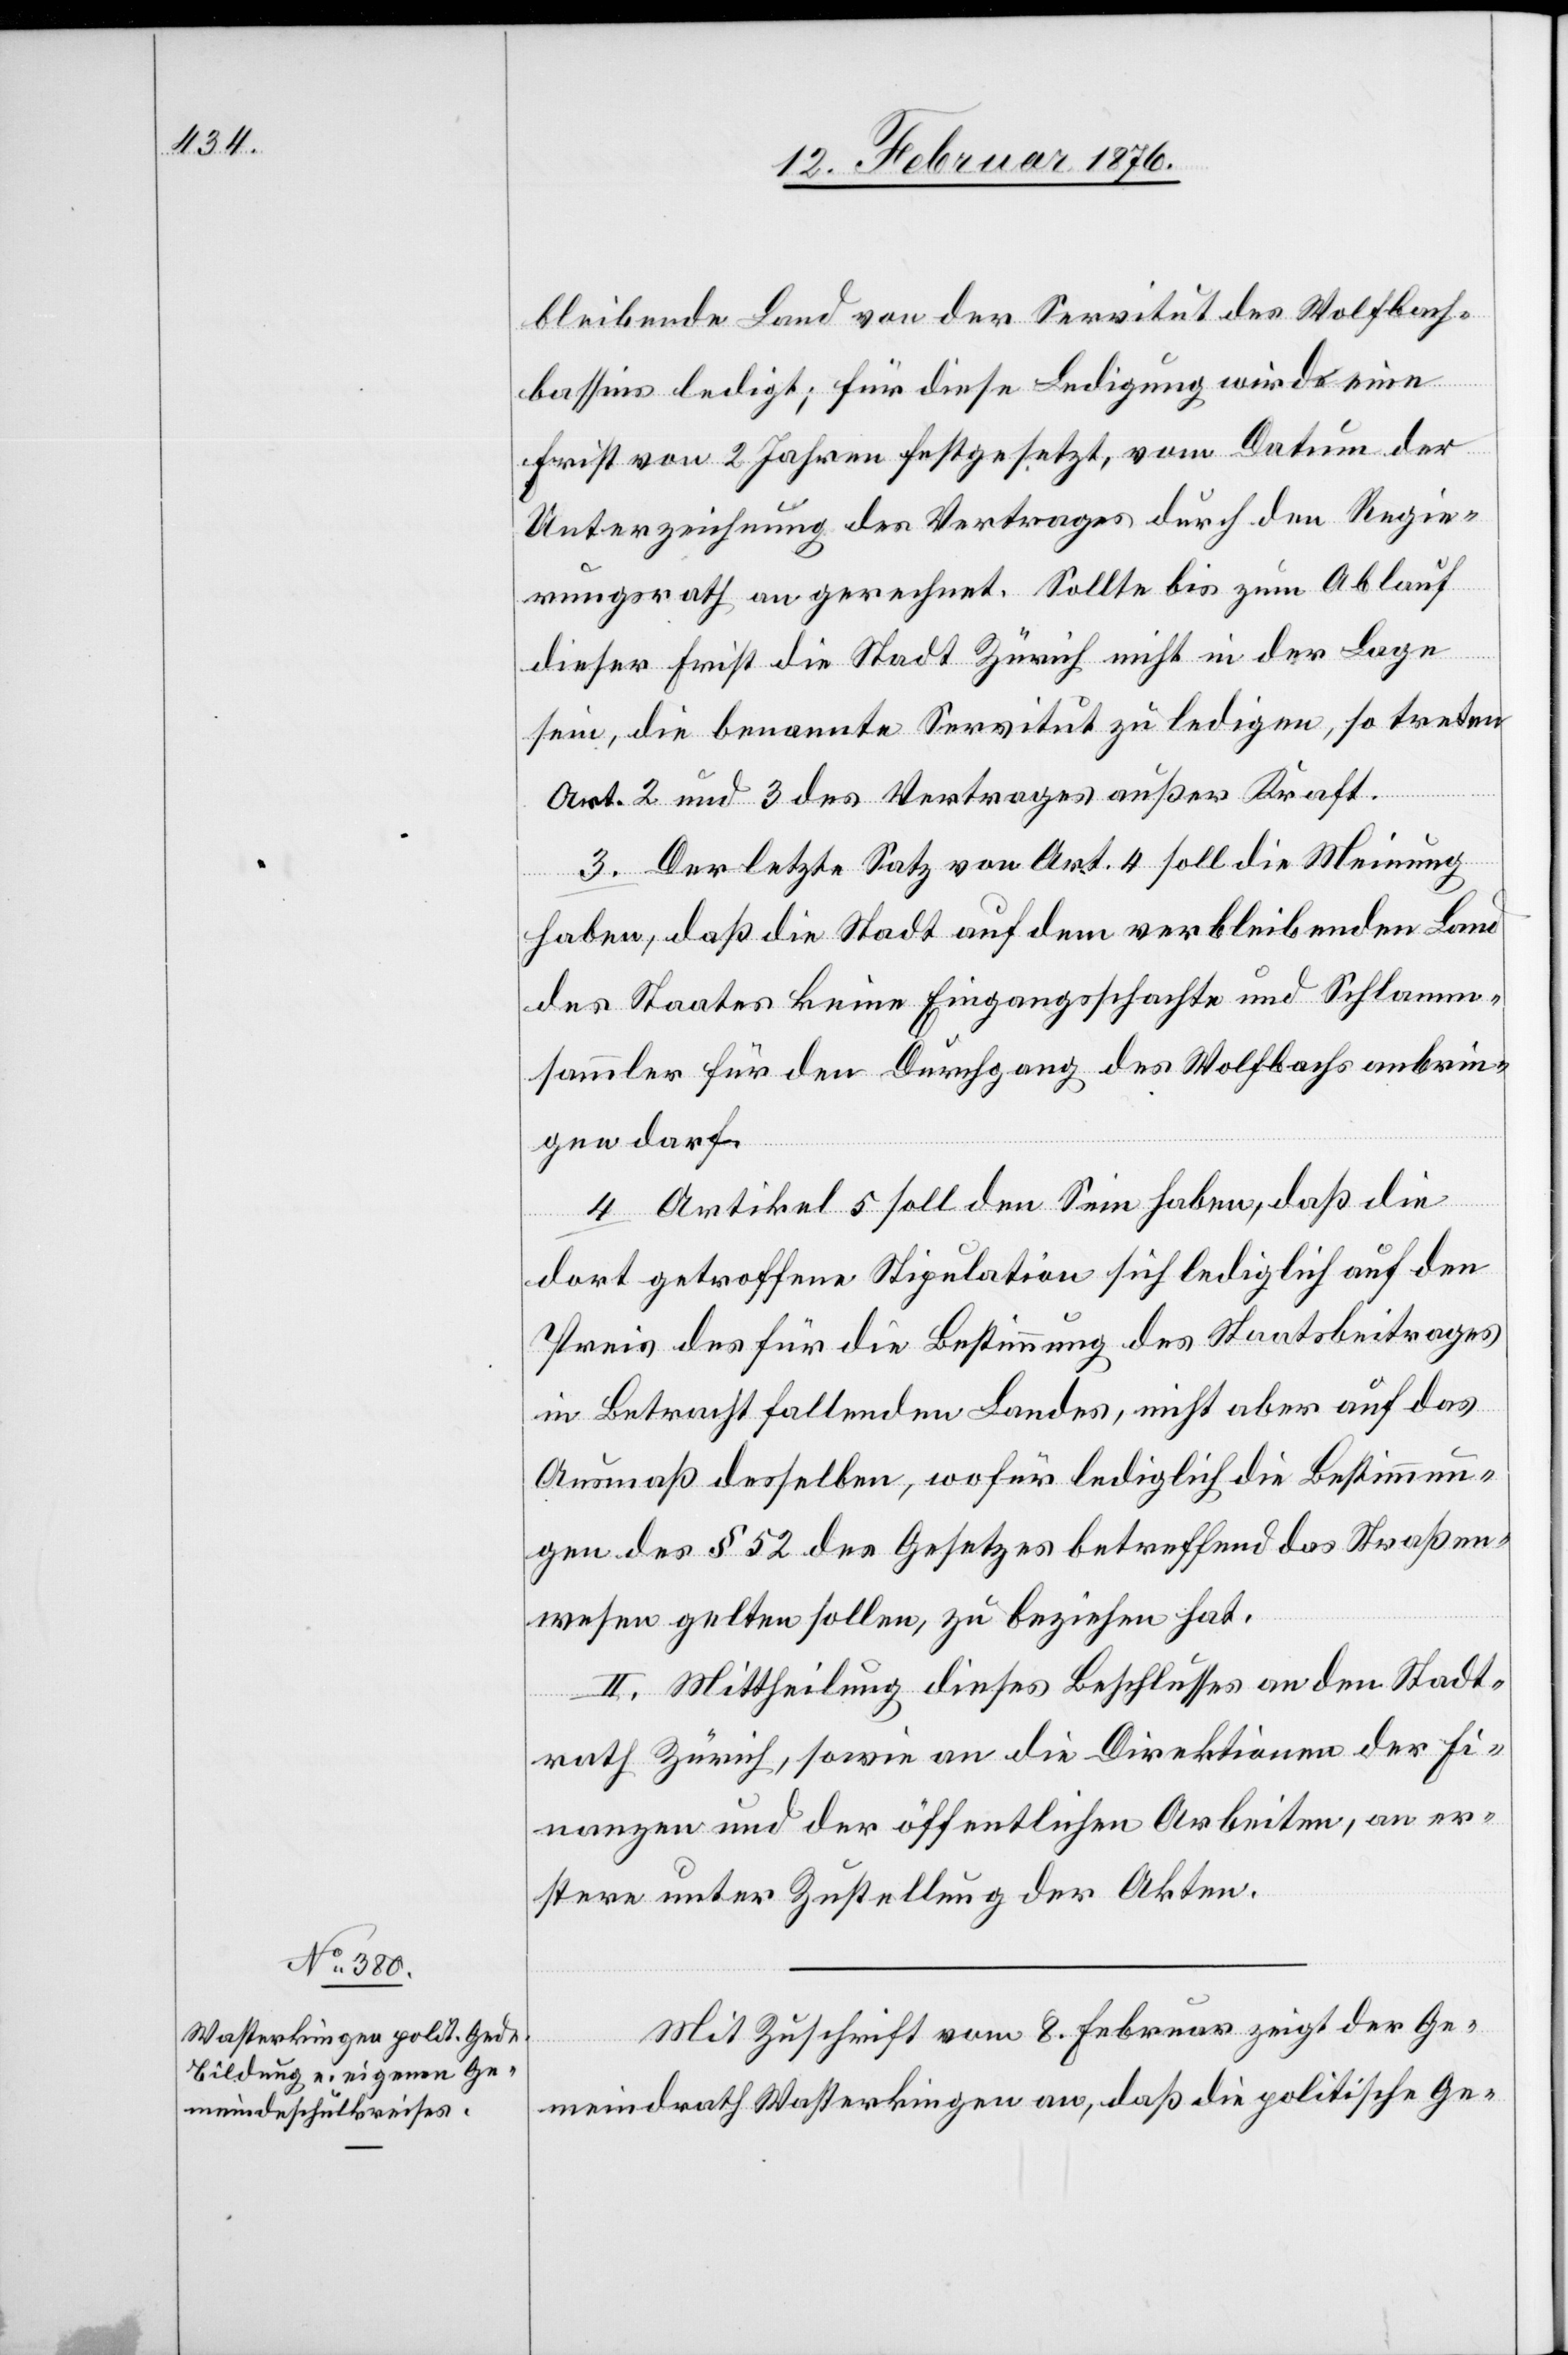
bleibende Land von der Servitut des Wolfbach¬
bassins ledigt; für diese Ledigung wird eine
Frist von 2 Jahren festgesetzt, vom Datum der
Unterzeichnung des Vertrages durch den Regie¬
rungsrath an gerechnet. Sollte bis zum Ablauf
dieser Frist die Stadt Zürich nicht in der Lage
sein, die benannte Servitut zu ledigen, so treten
Art. 2 und 3 des Vertrages außer Kraft.
3) Der letzte Satz von Art. 4 soll die Meinung
haben, daß die Stadt auf dem verbleibenden Land
des Staates keine Eingangsschachte und Schlamm¬
sammler für den Durchgang des Wolfbachs anbrin¬
gen darf.
4) Artikel 5 soll den Sinn haben, daß die
dort getroffene Stipulation sich lediglich auf den
Preis des für die Bestimmung des Staatsbeitrages
in Betracht fallenden Landes, nicht aber auf das
Ausmaß desselben, wofür lediglich die Bestimmun¬
gen des § 52 des Gesetzes betreffend das Straßen¬
wesen gelten sollen, zu beziehen hat.
II. Mittheilung dieses Beschlusses an den Stadt¬
rath Zürich, sowie an die Direktion der Fi¬
nanzen und öffentlichen Arbeiten, an er¬
stere unter Zustellung der Akten.
Mit Zuschrift vom 8. Februar zeigt der Ge¬
meindrath Wasterkingen an, daß die politische Ge-